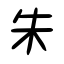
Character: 朱